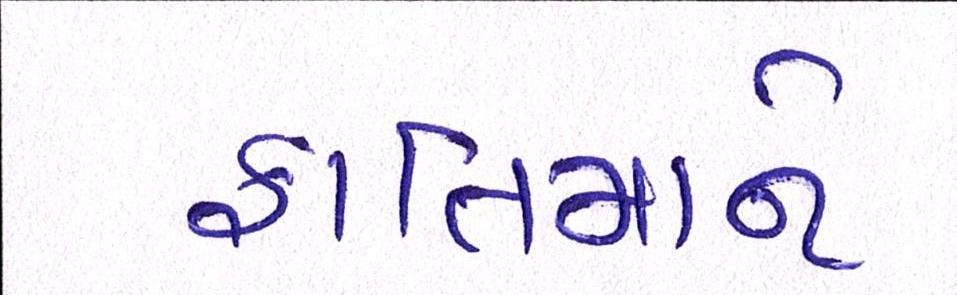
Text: ફાતિમાને